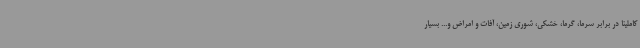
کاملینا در برابر سرما، گرما، خشکی، شوری زمین، آفات و امراض و... بسیار